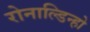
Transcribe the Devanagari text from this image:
रोनाल्‍डिन्‍हो